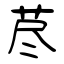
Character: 荩